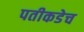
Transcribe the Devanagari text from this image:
पतीकडेच